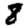
Digit: 8